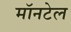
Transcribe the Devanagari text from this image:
मॉनटेल